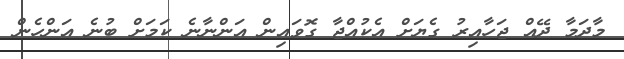
މާދަމާ ދޭއް ޖަހާއިރު ގެޔަށް އެކުއްޖާ ގޮވައިން އަންނާނެ ކަމަށް ބުނެ އަންހެން